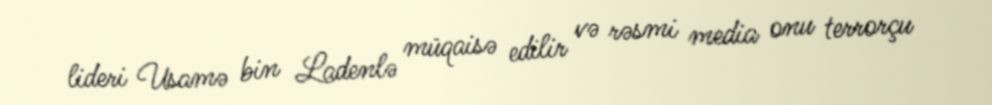
lideri Usamə bin Ladenlə müqaisə edilir və rəsmi media onu terrorçu